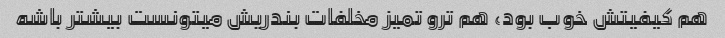
هم کیفیتش خوب بود، هم ترو تمیز مخلفات بندریش میتونست بیشتر باشه